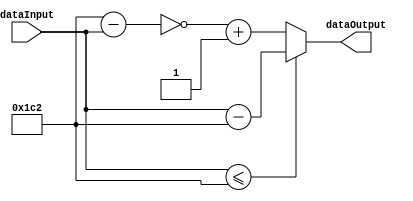
module change(
	input [15:0] dataInput,
    output [15:0] dataOutput
);
	reg [15:0] dataInputComplement;   //
	always@(dataInput) begin
    	if(dataInput<=16'd450) begin
        	dataInputComplement<=dataInput-16'd450;
        end else begin
        	dataInputComplement<=~(16'd450-dataInput)+16'd1;
        end
    end
	
	assign dataOutput=dataInputComplement;
endmodule